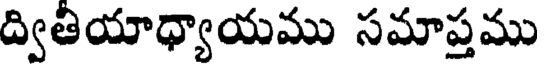
ద్వితియాధ్యాయము సమాప్తము